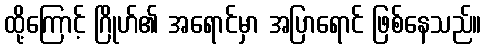
ထို့ကြောင့် ဂြိုဟ်၏ အရောင်မှာ အပြာရောင် ဖြစ်နေသည်။